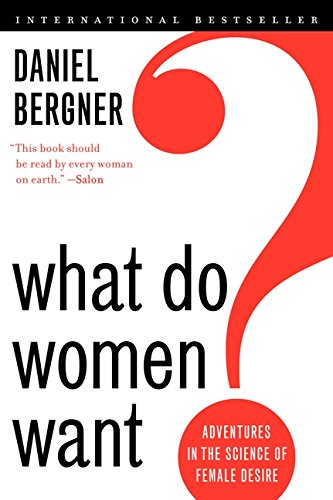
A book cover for What Do Women Want?: Adventures in the Science of Female Desire; Daniel Bergner; Medical Books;